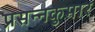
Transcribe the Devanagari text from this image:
प्रसन्‍नकुमार